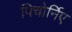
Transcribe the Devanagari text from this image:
पिचोर्निए